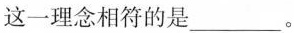
这一理念相符的是___。